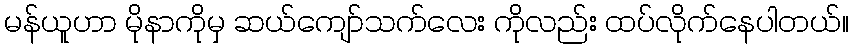
မန်ယူဟာ မိုနာကိုမှ ဆယ်ကျော်သက်လေး ကိုလည်း ထပ်လိုက်နေပါတယ်။